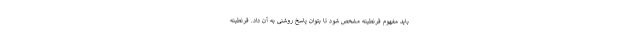
باید مفهوم قرنطینه مشخص شود تا بتوان پاسخ روشنی به آن داد. قرنطینه